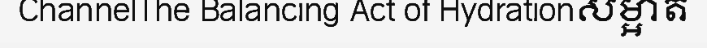
ChannelThe Balancing Act of Hydrationសម្អាត